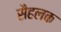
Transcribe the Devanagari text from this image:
सैहलक